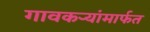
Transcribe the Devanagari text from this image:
गावकर्‍यांमार्फत